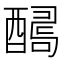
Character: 𨢫